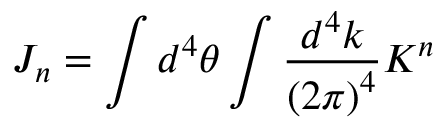
J _ { n } = \int d ^ { 4 } \theta \int \frac { d ^ { 4 } k } { { ( 2 \pi ) } ^ { 4 } } K ^ { n }